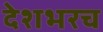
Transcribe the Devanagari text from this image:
देशभरच